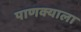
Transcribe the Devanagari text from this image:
पाणक्याला